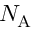
N _ { \mathrm { A } }